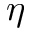
\eta